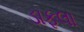
ડાફલા